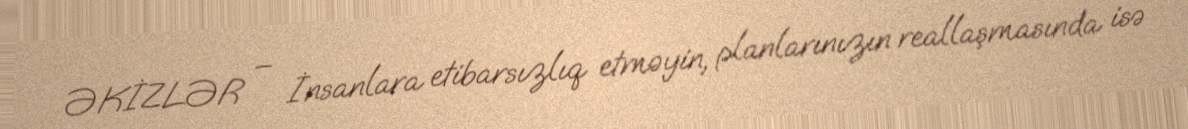
ƏKİZLƏR – İnsanlara etibarsızlıq etməyin, planlarınızın reallaşmasında isə